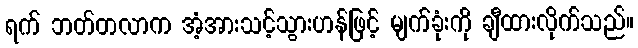
ရက် ဘတ်တလာက အံ့အားသင့်သွားဟန်ဖြင့် မျက်ခုံးကို ချီထားလိုက်သည်။